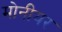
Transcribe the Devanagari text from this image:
मोनीयर